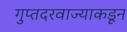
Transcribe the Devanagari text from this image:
गुप्तदरवाज्याकडून